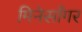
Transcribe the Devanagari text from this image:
मिनेसाँगर